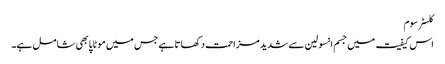
کلسٹر سوم
اس کیفیت میں جسم انسولین سے شدید مزاحمت دکھاتا ہے جس میں موٹاپا بھی شامل ہے۔